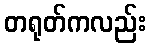
တရုတ်ကလည်း